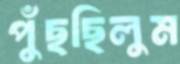
পুঁছছিলুম